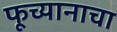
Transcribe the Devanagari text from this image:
फूच्यानाचा